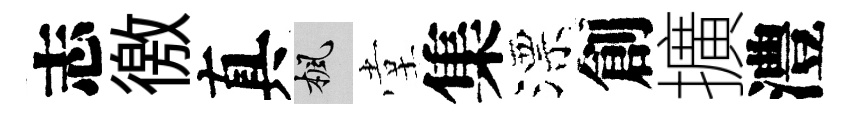
志徼真楓堂集漂創擴澧